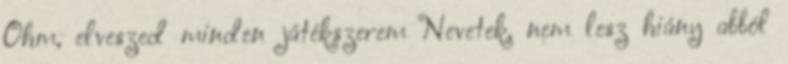
Ohm, elveszed minden játékszerem Nevetek, nem lesz hiány abból